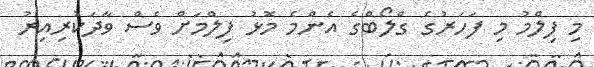
މި ފިލްމު މި ފަހަރުގެ ގްލޯބްގެ އެންމެ މޮޅު ފިލްމަށް ވެސް ވާދަކުރިއިރު